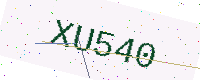
Text: XU540